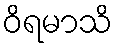
ဝိရမာသိ